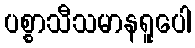
ပစ္စာသီသမာနရူပေါ